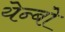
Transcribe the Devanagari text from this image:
येन्बो